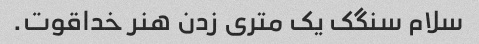
سلام سنگک یک متری زدن هنر خداقوت.